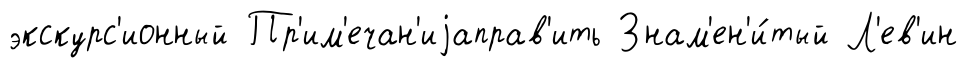
экскурс'ионный Пр'им'ечан'иjаправ'ить Знам'ен'и́тый Л'ев'ин